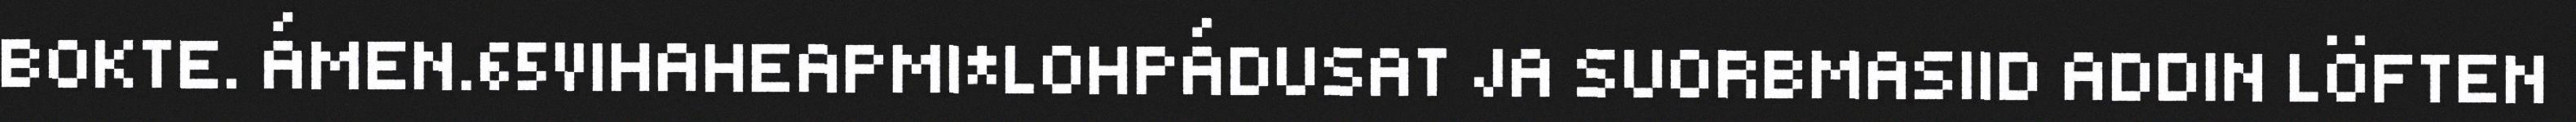
BOKTE. ÁMEN.65VIHAHEAPMI*LOHPÁDUSAT JA SUORBMASIID ADDIN LÖFTEN